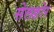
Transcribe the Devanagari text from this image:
सेलङोर